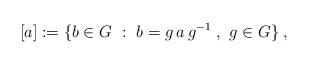
LaTeX: \begin{align*}[a]:=\{b\in G~:~ b=g\,a\,g^{-1}\;,~g\in G\}\;,\end{align*}